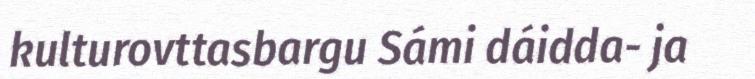
kulturovttasbargu Sámi dáidda- ja